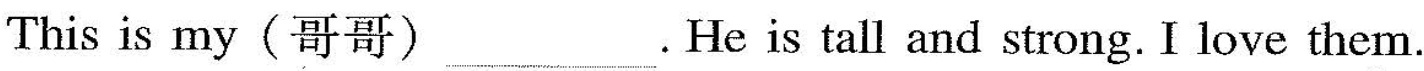
This is my(哥哥) ___ .He is tall and strong. I love them.